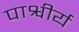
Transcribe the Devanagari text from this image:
पाश्वीर्य